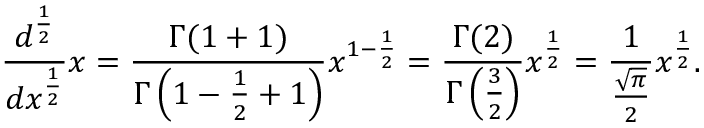
{ \frac { d ^ { \frac { 1 } { 2 } } } { d x ^ { \frac { 1 } { 2 } } } } x = { \frac { \Gamma ( 1 + 1 ) } { \Gamma \left( 1 - { \frac { 1 } { 2 } } + 1 \right) } } x ^ { 1 - { \frac { 1 } { 2 } } } = { \frac { \Gamma ( 2 ) } { \Gamma \left( { \frac { 3 } { 2 } } \right) } } x ^ { \frac { 1 } { 2 } } = { \frac { 1 } { \frac { \sqrt { \pi } } { 2 } } } x ^ { \frac { 1 } { 2 } } .